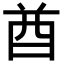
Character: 酋